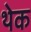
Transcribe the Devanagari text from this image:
थेक